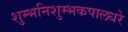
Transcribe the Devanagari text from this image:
शुम्भनिशुम्भकपालधरे